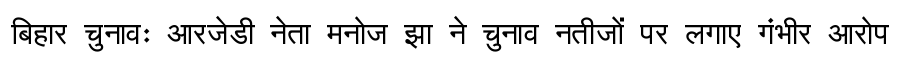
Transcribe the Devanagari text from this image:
बिहार चुनावः आरजेडी नेता मनोज झा ने चुनाव नतीजों पर लगाए गंभीर आरोप